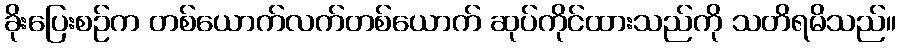
ခိုးပြေးစဉ်က တစ်ယောက်လက်တစ်ယောက် ဆုပ်ကိုင်ထားသည်ကို သတိရမိသည်။